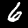
Digit: 6